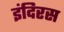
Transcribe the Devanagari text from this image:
इंदिरस